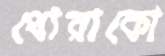
থোরাকো